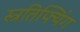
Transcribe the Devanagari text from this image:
स्त्रतिफ्यिंग